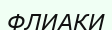
ФЛИАКИ